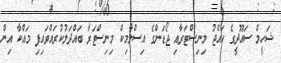
ޝަހީމް ސައޫދީގެ ހައްޖު މިނިސްޓަރާއި ޖޯޑަންގެ އިސްލާމިކް މިނިސްޓަރާ ބައްދަލުކުރައްވައިފި މައްކާ އިން